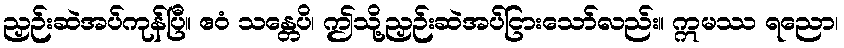
ညှဉ်းဆဲအပ်ကုန်ပြီ။ ဧဝံ သန္တေပိ၊ ဤသို့ညှဉ်းဆဲအပ်ငြားသော်လည်း။ ဣမဿ ရညော၊